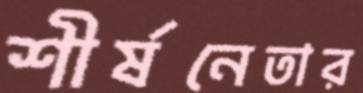
শীর্ষনেতার